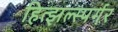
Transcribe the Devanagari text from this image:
हित्झल्स्पर्गर